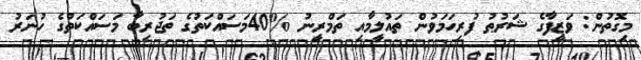
މިގޮތުން: ވަޒީފާގެ ޝަރުޠު ފުރިހަމަވުން ތައުލީމާއި ތަމްރީނު %40މަސައްކަތުގެ ތަޖުރިބާ މަސައްކަތުގެ ހުނަރު